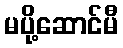
မပို့ဆောင်မီ